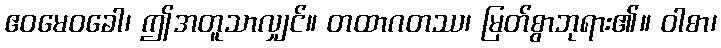
ဧဝမေဝခေါ၊ ဤအတူသာလျှင်။ တထာဂတဿ၊ မြတ်စွာဘုရား၏။ ဝါစာ၊